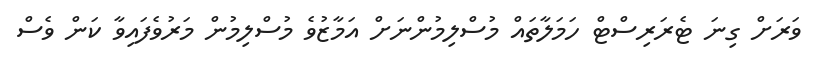
ވަރަށް ގިނަ ޓެރަރިސްޓް ހަމަލާތައް މުސްލިމުންނަށް އަމާޒުވެ މުސްލިމުން މަރުވެފައިވާ ކަން ވެސް